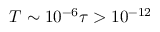
T \sim 1 0 ^ { - 6 } \tau > 1 0 ^ { - 1 2 }